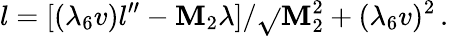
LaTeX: l=[({\lambda_{6}}v)l^{\prime\prime}-\mathbf{M}_{2}{\lambda}]/{\sqrt{}{{\mathbf{M}_{2}^{2}+({\lambda_{6}}v)^{2}}}}\, .